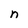
Character: n